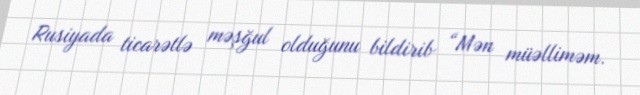
Rusiyada ticarətlə məşğul olduğunu bildirib “Mən müəlliməm.